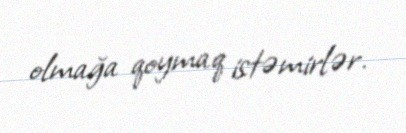
olmağa qoymaq istəmirlər.